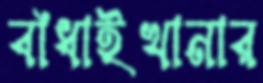
বাঁধাইখানার